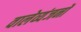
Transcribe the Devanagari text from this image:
वालेव्यंजनों